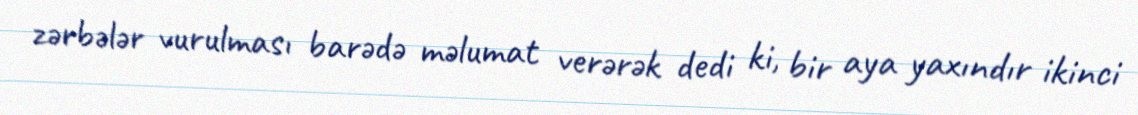
zərbələr vurulması barədə məlumat verərək dedi ki, bir aya yaxındır ikinci